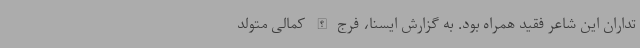
تداران این شاعر فقید همراه بود. به گزارش ایسنا، فرج الله کمالی متولد